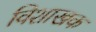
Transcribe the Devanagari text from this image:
विशाखक